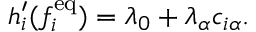
h _ { i } ^ { \prime } ( f _ { i } ^ { \mathrm { e q } } ) = \lambda _ { 0 } + \lambda _ { \alpha } c _ { i \alpha } .